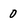
Character: 0